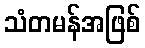
သံတမန်အဖြစ်